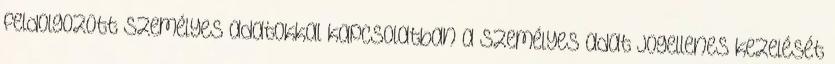
feldolgozott személyes adatokkal kapcsolatban a személyes adat jogellenes kezelését